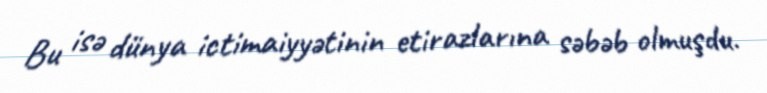
Bu isə dünya ictimaiyyətinin etirazlarına səbəb olmuşdu.